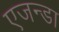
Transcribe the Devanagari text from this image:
एजन्डा